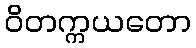
ဝိတက္ကယတော